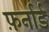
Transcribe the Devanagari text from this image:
फ़र्नार्ड